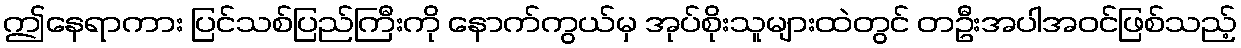
ဤနေရာကား ပြင်သစ်ပြည်ကြီးကို နောက်ကွယ်မှ အုပ်စိုးသူများထဲတွင် တဦးအပါအဝင်ဖြစ်သည့်